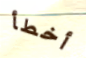
أخطأ